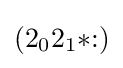
(2_{0}2_{1}{*}{:})